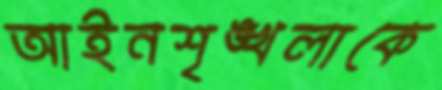
আইনশৃঙ্খলাকে